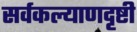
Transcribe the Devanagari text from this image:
सर्वकल्याणदृष्टी